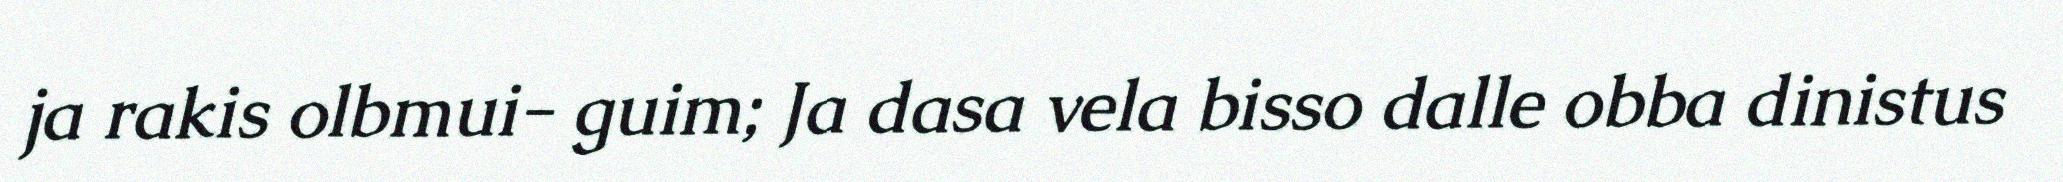
ja rakis olbmui- guim; Ja dasa vela bisso dalle obba dinistus